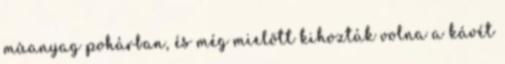
mûanyag pohárban, és még mielõtt kihozták volna a kávét